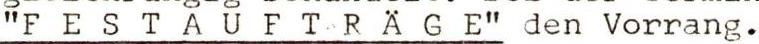
"FESTAUFTRAGE" den Vorrang.